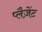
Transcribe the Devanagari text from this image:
प्लैज़ेंट